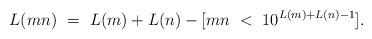
LaTeX: \begin{align*} L(mn) \ = \ L(m)+ L(n) - [mn\ <\ 10^{L(m)+L(n)-1}]. \end{align*}